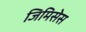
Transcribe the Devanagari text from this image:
जिमिसेस